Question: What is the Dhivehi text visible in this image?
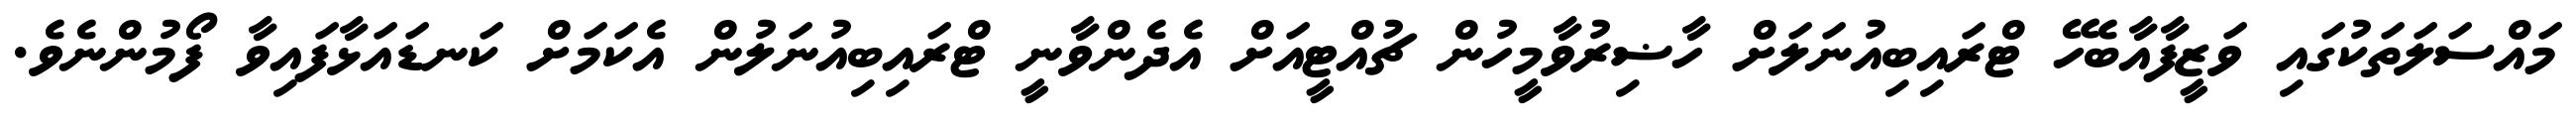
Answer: މައްސަލަތަކުގައި ވަޒީފާއާބެހޭ ޓްރައިބިއުނަލަށް ހާޟިރުވާމީހުން ޗުއްޓީއަށް އެދެންވާނީ ޓްރައިބިއުނަލުން އެކަމަށް ކަނޑައަޅާފައިވާ ފޯމުންނެވެ.